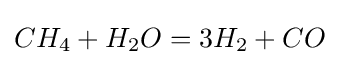
CH_{4}+H_{2}O=3H_{2}+CO